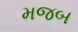
મજબ